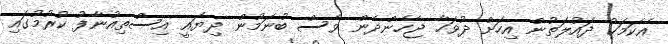
އެކަމަކު ދައުލަތުން އިހަށް ދުވަހާ ޖެހެންދެން ވެސް ބުނަމުން ދިޔައީ އިސްތިއުނާފު ކުރުމުގައި